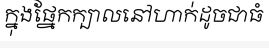
ក្នុងផ្នែកក្បាលនៅហាក់ដូចជាធំ